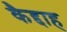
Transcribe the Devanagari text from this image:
कैद्दाह